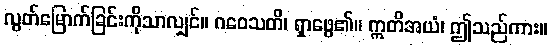
လွတ်မြောက်ခြင်းကိုသာလျှင်။ ဂဝေသတိ၊ ရှာဖွေ၏။ ဣတိအယံ၊ ဤသည်ကား။